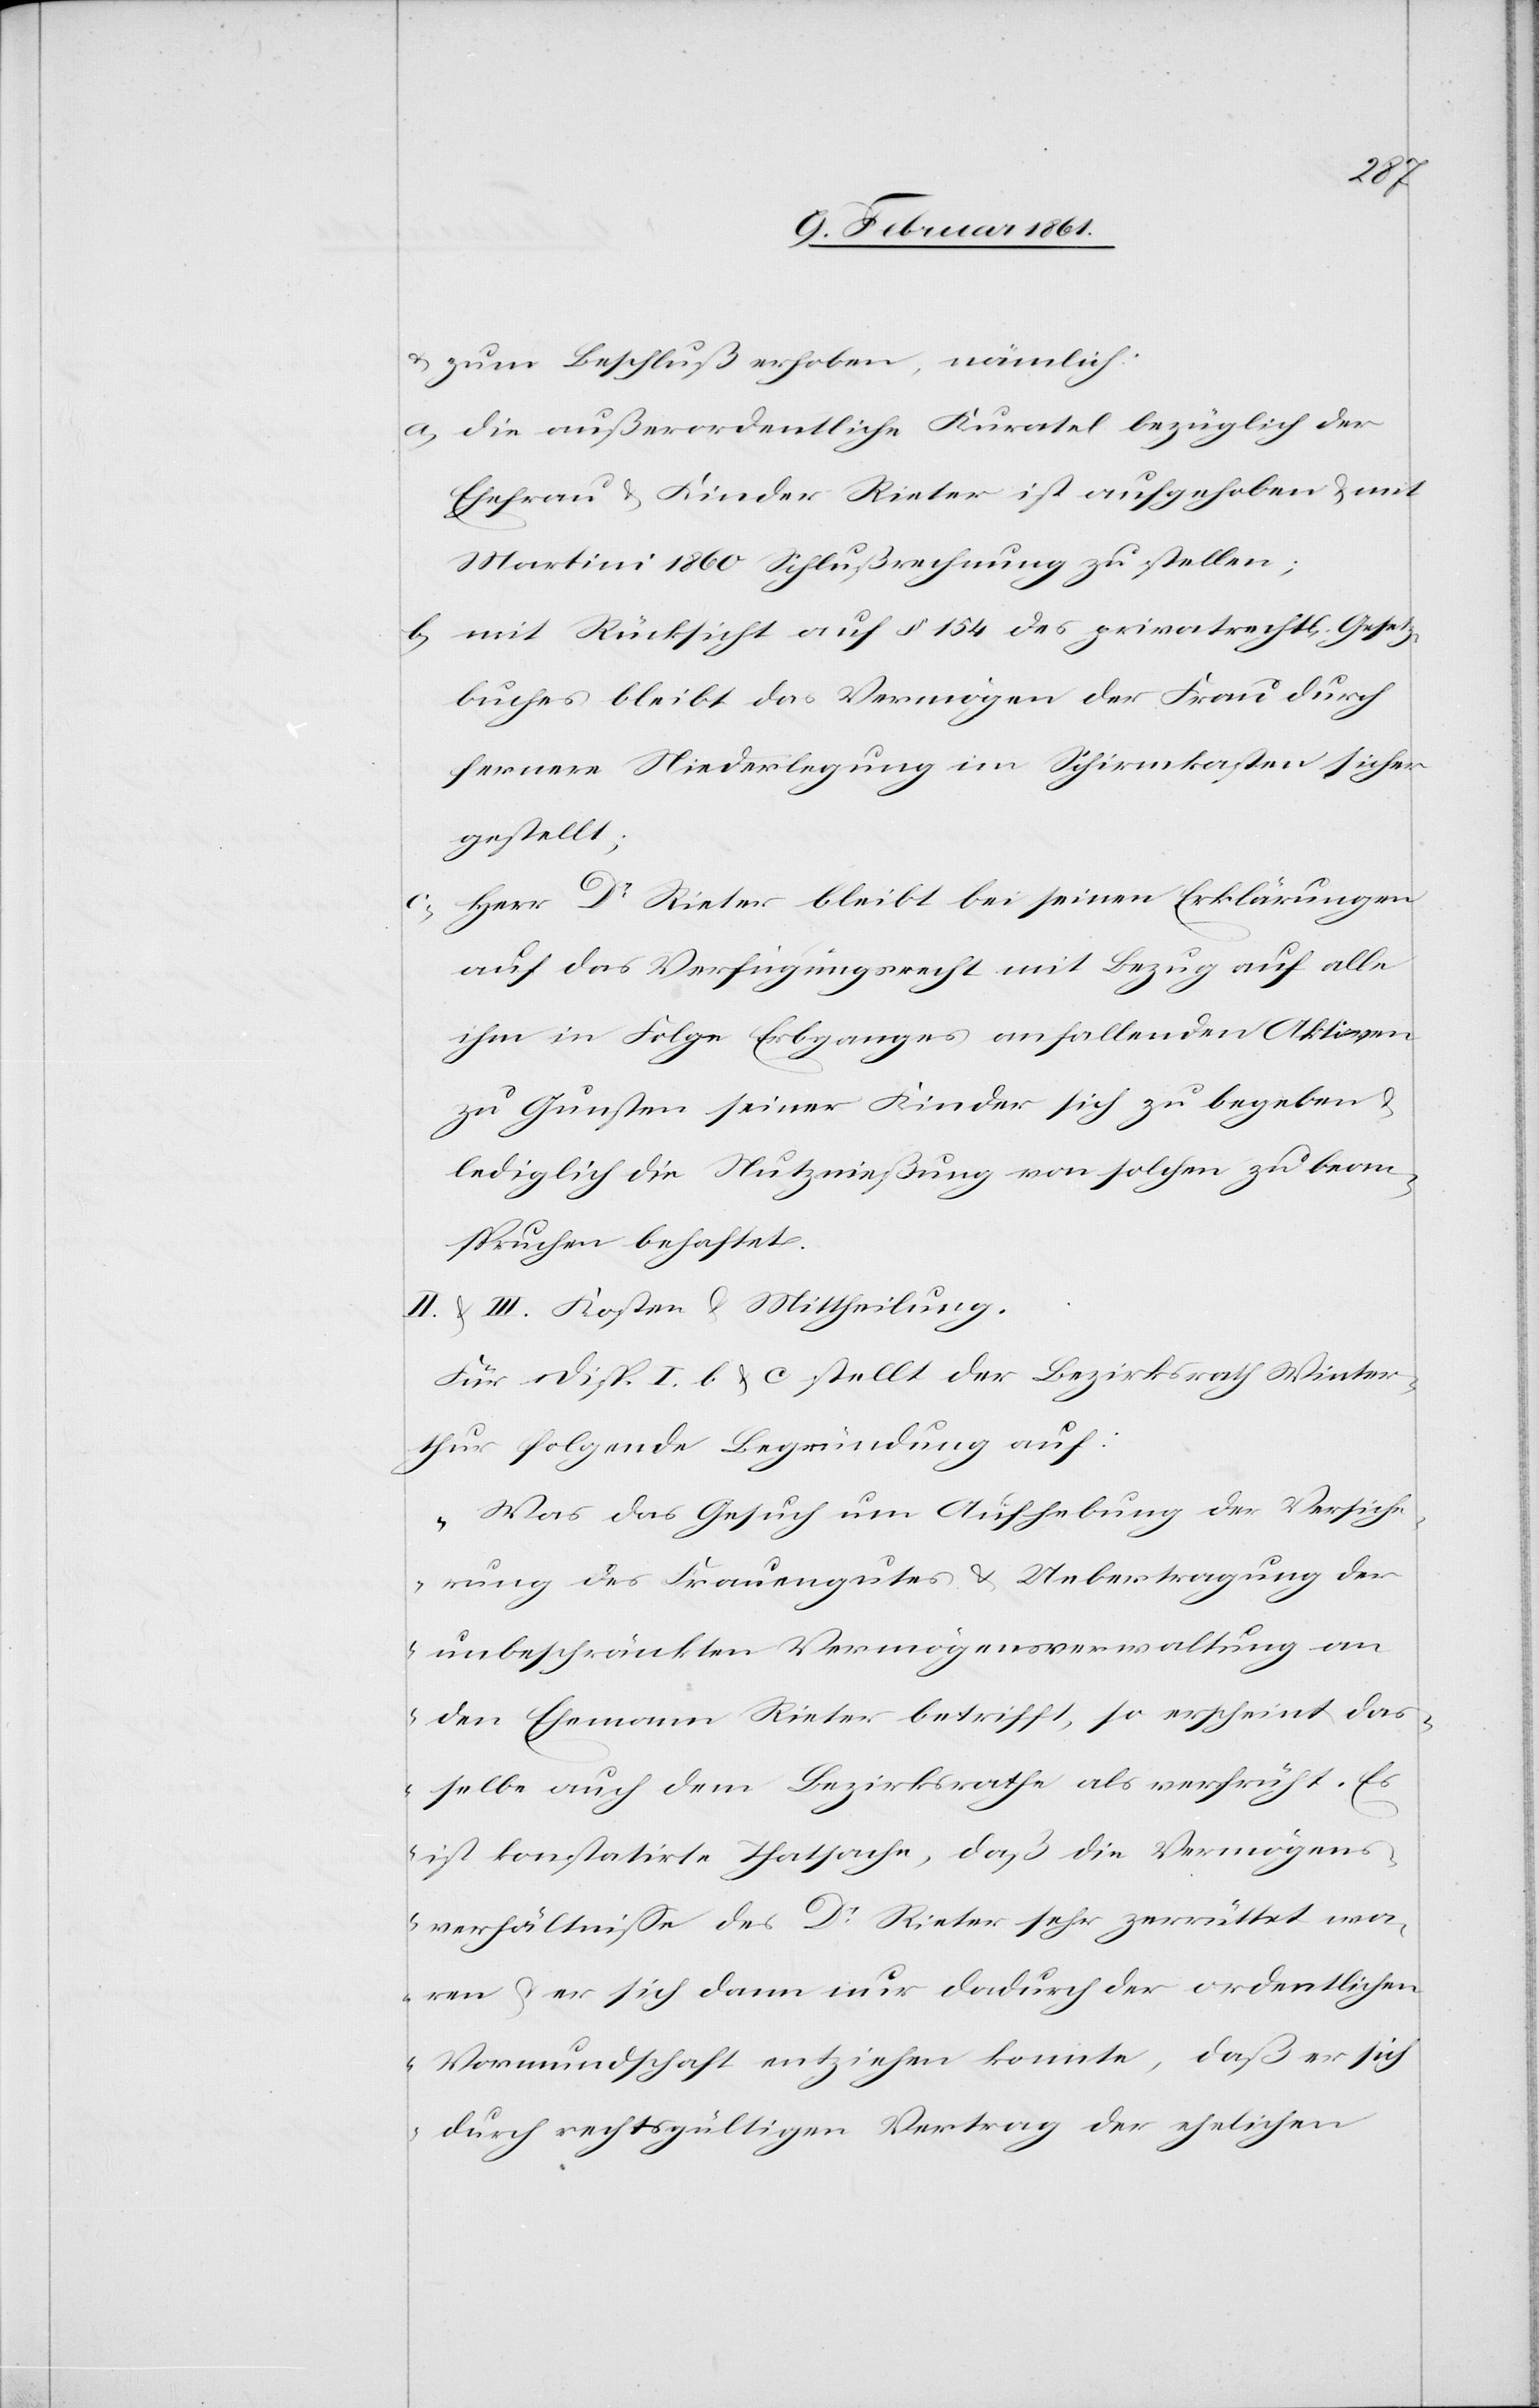
u. zum Beschluß erhoben, nämlich:
a) die außerordentliche Kuratel bezüglich der
Ehefrau u. Kinder Rieter ist aufgehoben u. mit
Martini 1860 Schlußrechnung zu stellen;
b) mit Rücksicht auf § 154 des privatrechtl. Gesetz¬
buches bleibt das Vermögen der Frau durch
fernere Niederlegung im Schirmkasten sicher
gestellt;
c) Herr Dr. Rieter bleibt bei seinen Erklärungen
auf das Verfügungsrecht mit Bezug auf alle
ihm in Folge Erbganges anfallenden Aktiven
zu Gunsten seiner Kinder sich zu begeben u.
lediglich die Nutznießung von solchen zu bean¬
spruchen behaftet.
II. u. III. Kosten u. Mittheilung.
Für Disp. I. b u. c. stellt der Bezirksrath Winter¬
thur folgende Begründung auf:
„Was das Gesuch um Aufhebung der Versiche¬
rung des Frauengutes u. Uebertragung der
unbeschränkten Vermögensverwaltung an
den Ehemann Rieter betrifft, so erscheint das¬
selbe auch dem Bezirksrathe als verfrüht. Es
ist konstatirte Thatsache, daß die Vermögens¬
verhältnisse des Dr. Rieter sehr zerrüttet wa¬
ren u. er sich dann nur dadurch der ordentlichen
Vormundschaft entziehen konnte, daß er sich
durch rechtsgültigen Vertrag der ehelichen